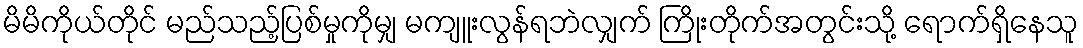
မိမိကိုယ်တိုင် မည်သည့်ပြစ်မှုကိုမျှ မကျူးလွန်ရဘဲလျှက် ကြိုးတိုက်အတွင်းသို့ ရောက်ရှိနေသူ